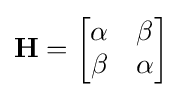
\mathbf {H} ={\begin{bmatrix}\alpha &\beta \\\beta &\alpha \\\end{bmatrix}}